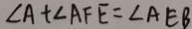
\angle A + \angle A F E = \angle A E B